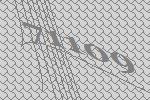
71109